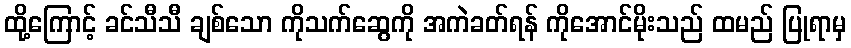
ထို့ကြောင့် ခင်သီသီ ချစ်သော ကိုသက်ဆွေကို အကဲခတ်ရန် ကိုအောင်မိုးသည် ထမည် ပြုရာမှ